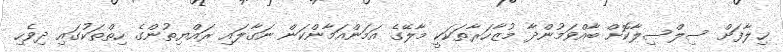
ޚިލާފަށް ސިލްސިލާކޮށް ބާއްވަމުންދާ މުޒާހަރާތަކަކީ މާލޭގެ އަމަންއަމާންކަން ނަގާލައި ރައްޔިތުންގެ ހިތްތަކުގައި ދިވެހި